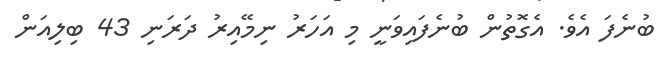
ބުނެފަ އެވެ. އެގޮތުން ބުނެފައިވަނީ މި އަހަރު ނިމޭއިރު ދަރަނި 43 ބިލިއަން